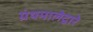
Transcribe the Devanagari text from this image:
ग्रंथमालेद्वारे